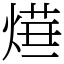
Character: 𤍞